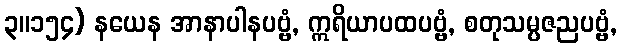
၃။၁၅၄) နယေန အာနာပါနပဗ္ဗံ, ဣရိယာပထပဗ္ဗံ, စတုသမ္ပဇညပဗ္ဗံ,